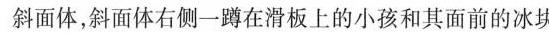
斜面体，斜面体右侧一蹲在滑板上的小孩和其面前的冰块